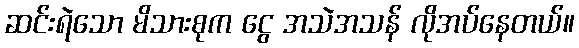
ဆင်းရဲသော မိသားစုက ငွေ အသဲအသန် လိုအပ်နေတယ်။